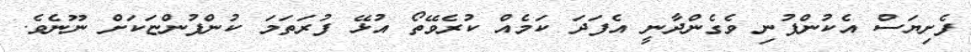
ފެށިޔަސް އެކުންފުނި ވެގެންދާނީ އެފަދަ ކަމެއް ކުރެވޭތޯ އުޅޭ ފުރަތަމަ ކުންފުންޏަކަށް ނޫނެވެ.